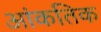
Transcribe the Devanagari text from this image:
आंकतिक